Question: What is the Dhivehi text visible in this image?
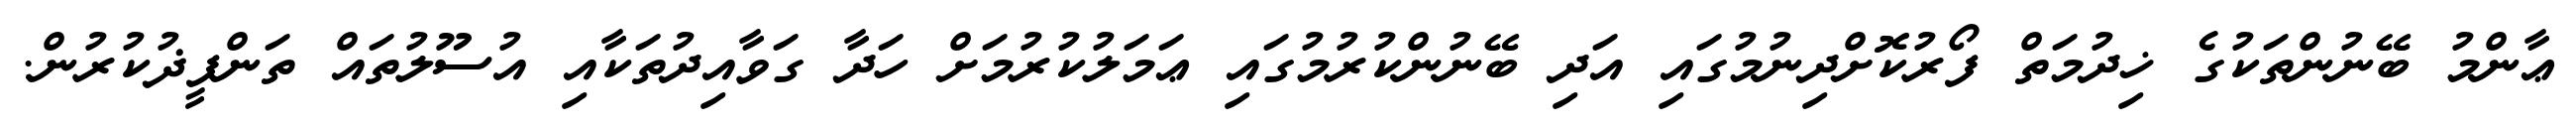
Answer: ޢާންމު ބޭނުންތަކުގެ ޚިދުމަތް ފޯރުކޮށްދިނުމުގައި އަދި ބޭނުންކުރުމުގައި ޢަމަލުކުރުމަށް ހަދާ ގަވާއިދުތަކާއި އުސޫލުތައް ތަންފީޛުކުރުން.